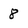
Character: 8